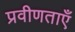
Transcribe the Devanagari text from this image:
प्रवीणताएँ